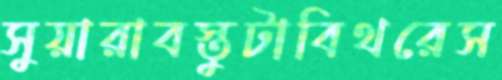
সুয়ারাবস্তুটাবিথরেস